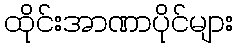
ထိုင်းအာဏာပိုင်များ